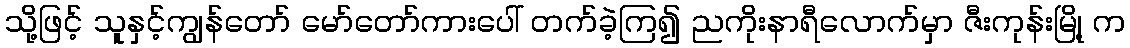
သို့ဖြင့် သူနှင့်ကျွန်တော် မော်တော်ကားပေါ် တက်ခဲ့ကြ၍ ညကိုးနာရီလောက်မှာ ဇီးကုန်းမြို့ က